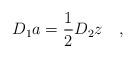
LaTeX: \begin{align*}D_1 a = \frac 12 D_2 z \quad,\end{align*}